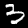
Label: 3